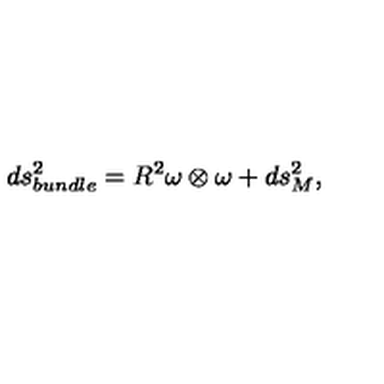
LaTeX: d s _ { b u n d l e } ^ { 2 } = R ^ { 2 } \omega \otimes \omega + d s _ { M } ^ { 2 } ,